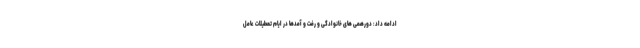
ادامه داد: دورهمی های خانوادگی و رفت و آمدها در ایام تعطیلات عامل